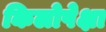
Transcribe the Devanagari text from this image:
किलोपेक्षा